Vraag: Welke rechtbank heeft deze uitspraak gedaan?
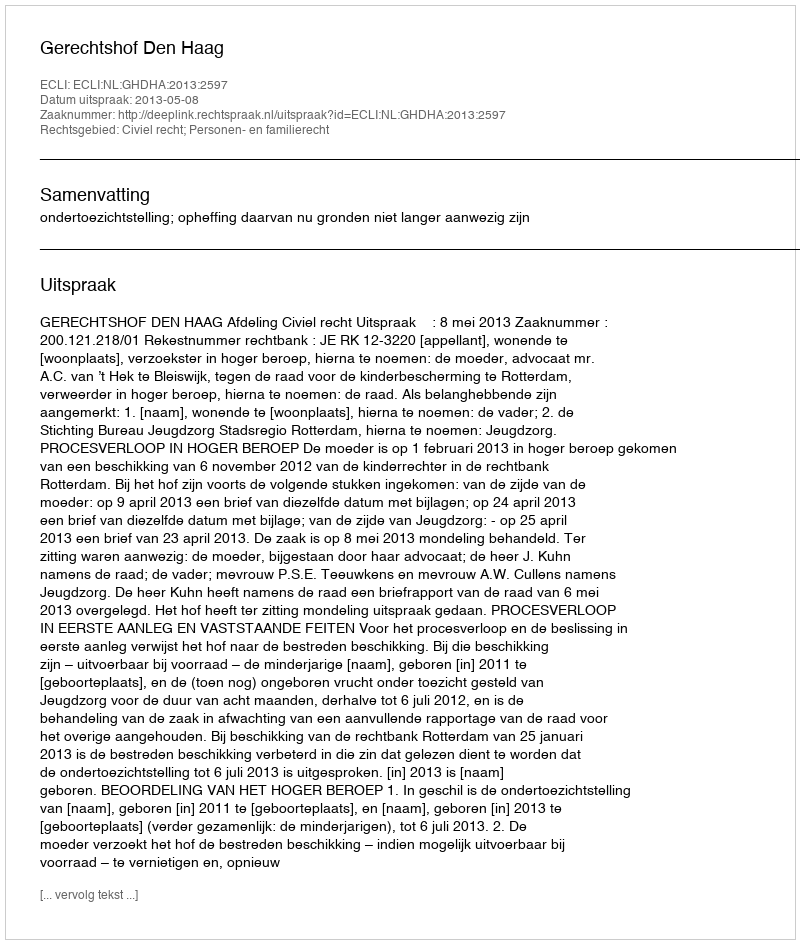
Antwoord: Gerechtshof Den Haag